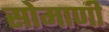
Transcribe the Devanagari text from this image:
सोमाणी